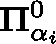
\mathbf { \Pi } _ { \alpha _ { i } } ^ { 0 }